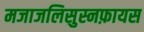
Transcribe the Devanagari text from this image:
मजाजलिसुस्नफ़ायस